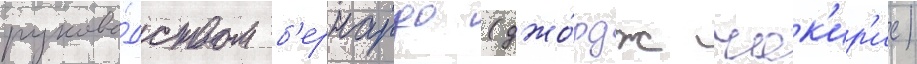
руково́дством б'ернардо (джо́рдж чак'ир'ис)